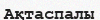
Ақтаспалы